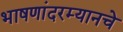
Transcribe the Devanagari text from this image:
भाषणांदरम्यानचे